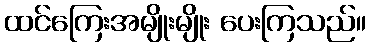
ထင်ကြေးအမျိုးမျိုး ပေးကြသည်။